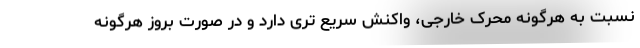
نسبت به هرگونه محرک خارجی، واکنش سریع تری دارد و در صورت بروز هرگونه